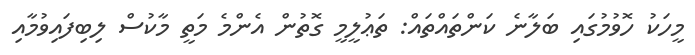
މީހަކު ހޮވުމުގައި ބަލާނެ ކަންތައްތައް: ތަޢުލީމީ ގޮތުން އެންމެ މަތީ މާކުސް ލިބިފައިވުމާއި